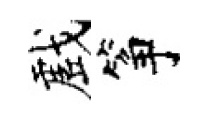
戲筝